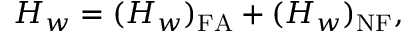
H _ { w } = ( H _ { w } ) _ { \mathrm { F A } } + ( H _ { w } ) _ { \mathrm { N F } } ,